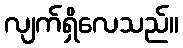
လျက်ရှိလေသည်။